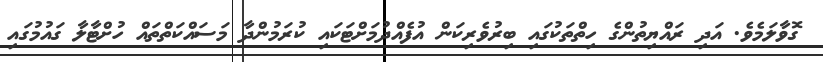
ގޮވާލަމެވެ. އަދި ރައްޔިތުންގެ ހިތްތަކުގައި ބިރުވެރިކަން އުފެއްދުމަށްޓަކައި ކުރަމުންދާ މަސައްކަތްތައް ހުށްޓާލާ ގައުމުގައި